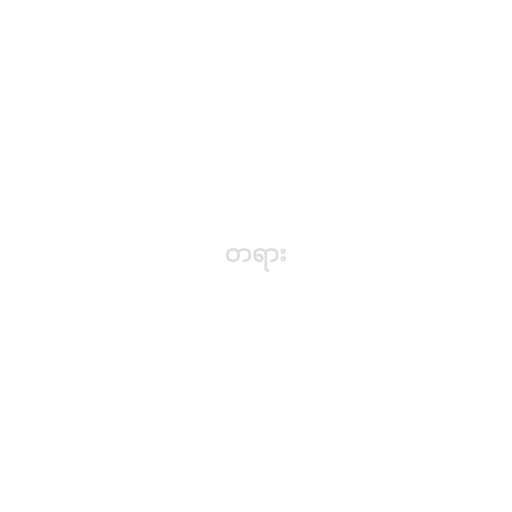
တရား